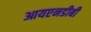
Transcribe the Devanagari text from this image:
आयएनडीबी